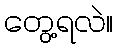
တွေ့ရလဲ။